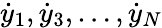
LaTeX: {\dot{y}}_{1},{\dot{y}}_{3},\dots,{\dot{y}}_{N}